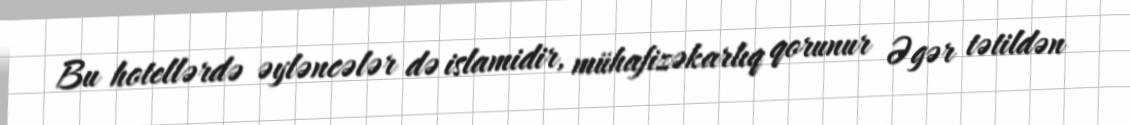
Bu hotellərdə əyləncələr də islamidir, mühafizəkarlıq qorunur Əgər tətildən